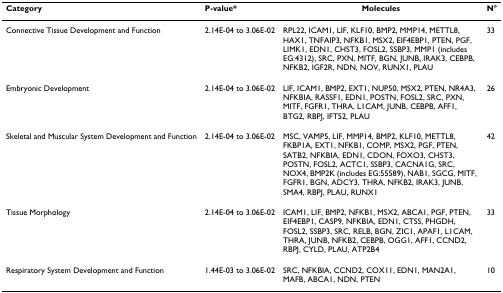
<table><thead><tr><td><b>Category</b></td><td><b>P-value*</b></td><td><b>Molecules</b></td><td><b>N°</b></td></tr></thead><tbody><tr><td>Connective Tissue Development and Function</td><td>2.14E-04 to 3.06E-02</td><td>RPL22, ICAM1, LIF, KLF10, BMP2, MMP14, METTL8, HAX1, TNFAIP3, NFKB1, MSX2, EIF4EBP1, PTEN, PGF, LIMK1, EDN1, CHST3, FOSL2, SSBP3, MMP1 (includes EG:4312), SRC, PXN, MITF, BGN, JUNB, IRAK3, CEBPB, NFKB2, IGF2R, NDN, NOV, RUNX1, PLAU</td><td>33</td></tr><tr><td>Embryonic Development</td><td>2.14E-04 to 3.06E-02</td><td>LIF, ICAM1, BMP2, EXT1, NUP50, MSX2, PTEN, NR4A3, NFKBIA, RASSF1, EDN1, POSTN, FOSL2, SRC, PXN, MITF, FGFR1, THRA, L1CAM, JUNB, CEBPB, AFF1, BTG2, RBPJ, IFT52, PLAU</td><td>26</td></tr><tr><td>Skeletal and Muscular System Development and Function</td><td>2.14E-04 to 3.06E-02</td><td>MSC, VAMP5, LIF, MMP14, BMP2, KLF10, METTL8, FKBP1A, EXT1, NFKB1, COMP, MSX2, PGF, PTEN, SATB2, NFKBIA, EDN1, CDON, FOXO3, CHST3, POSTN, FOSL2, ACTC1, SSBP3, CACNA1G, SRC, NOX4, BMP2K (includes EG:55589), NAB1, SGCG, MITF, FGFR1, BGN, ADCY3, THRA, NFKB2, IRAK3, JUNB, SMA4, RBPJ, PLAU, RUNX1</td><td>42</td></tr><tr><td>Tissue Morphology</td><td>2.14E-04 to 3.06E-02</td><td>ICAM1, LIF, BMP2, NFKB1, MSX2, ABCA1, PGF, PTEN, EIF4EBP1, CASP9, NFKBIA, EDN1, CTSS, PHGDH, FOSL2, SSBP3, SRC, RELB, BGN, ZIC1, APAF1, L1CAM, THRA, JUNB, NFKB2, CEBPB, OGG1, AFF1, CCND2, RBPJ, CYLD, PLAU, ATP2B4</td><td>33</td></tr><tr><td>Respiratory System Development and Function</td><td>1.44E-03 to 3.06E-02</td><td>SRC, NFKBIA, CCND2, COX11, EDN1, MAN2A1, MAFB, ABCA1, NDN, PTEN</td><td>10</td></tr></tbody></table>